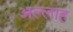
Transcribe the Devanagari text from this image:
अल्‍लाह